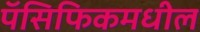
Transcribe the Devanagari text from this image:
पॅसिफिकमधील